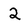
Character: 2